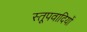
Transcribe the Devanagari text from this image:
स्तूपवादियों